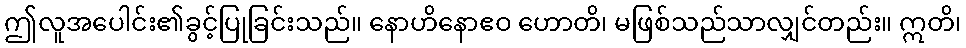
ဤလူအပေါင်း၏ခွင့်ပြုခြင်းသည်။ နောဟိနောဧဝ ဟောတိ၊ မဖြစ်သည်သာလျှင်တည်း။ ဣတိ၊